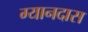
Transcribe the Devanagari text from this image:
ग्यानदास